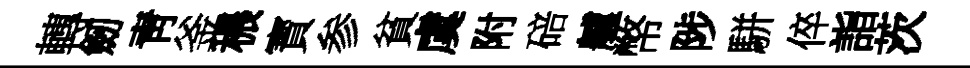
轉劒靑釜穠寳参貧虞附碚艫幣陟駢倅詣茨